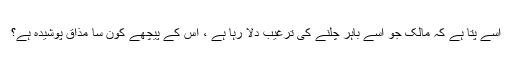
اسے پتا ہے کہ مالک جو اسے باہر چلنے کی ترغیب دلا رہا ہے ، اس کے پیچھے کون سا مذاق پوشیدہ ہے؟